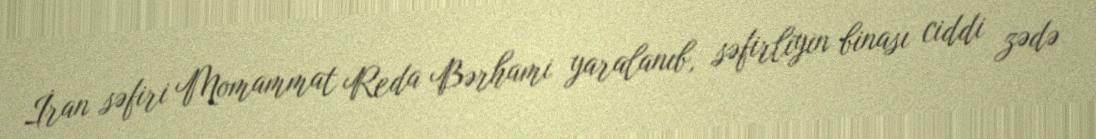
İran səfiri Momammat Reda Bərhami yaralanıb, səfirliyin binası ciddi zədə